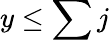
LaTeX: y\leq\sum j